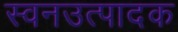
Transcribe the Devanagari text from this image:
स्वनउत्पादक